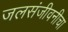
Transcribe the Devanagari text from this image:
जलसंजीवनीचा